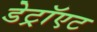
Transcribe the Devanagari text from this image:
डेट्रॉएट